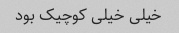
خیلی خیلی کوچیک بود